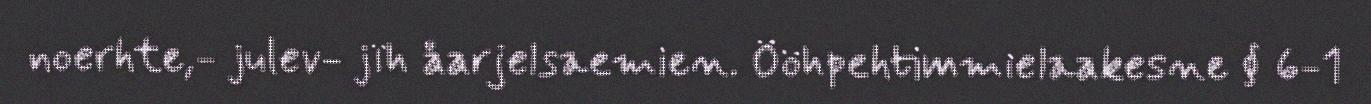
noerhte,- julev- jïh åarjelsaemien. Ööhpehtimmielaakesne § 6-1